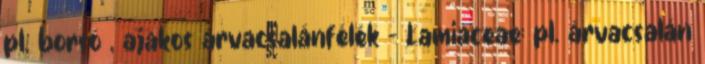
pl. borsó , ajakos árvacsalánfélék – Lamiaceae: pl. árvacsalán